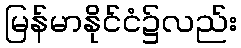
မြန်မာနိုင်ငံ၌လည်း